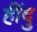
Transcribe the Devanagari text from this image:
हींदु